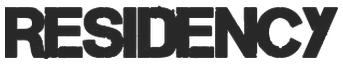
RESIDENCY